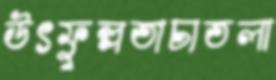
উৎফুল্লতাচাতলা